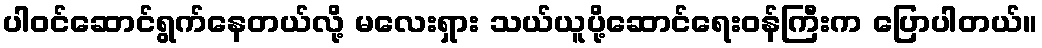
ပါဝင်ဆောင်ရွက်နေတယ်လို့ မလေးရှား သယ်ယူပို့ဆောင်ရေးဝန်ကြီးက ပြောပါတယ်။